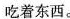
吃着东西.